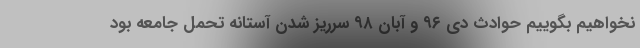
نخواهیم بگوییم حوادث دی ۹۶ و آبان ۹۸ سرریز شدن آستانه تحمل جامعه بود